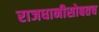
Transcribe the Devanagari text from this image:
राजधानीसोबतच